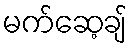
မက်ဆေ့ချ်